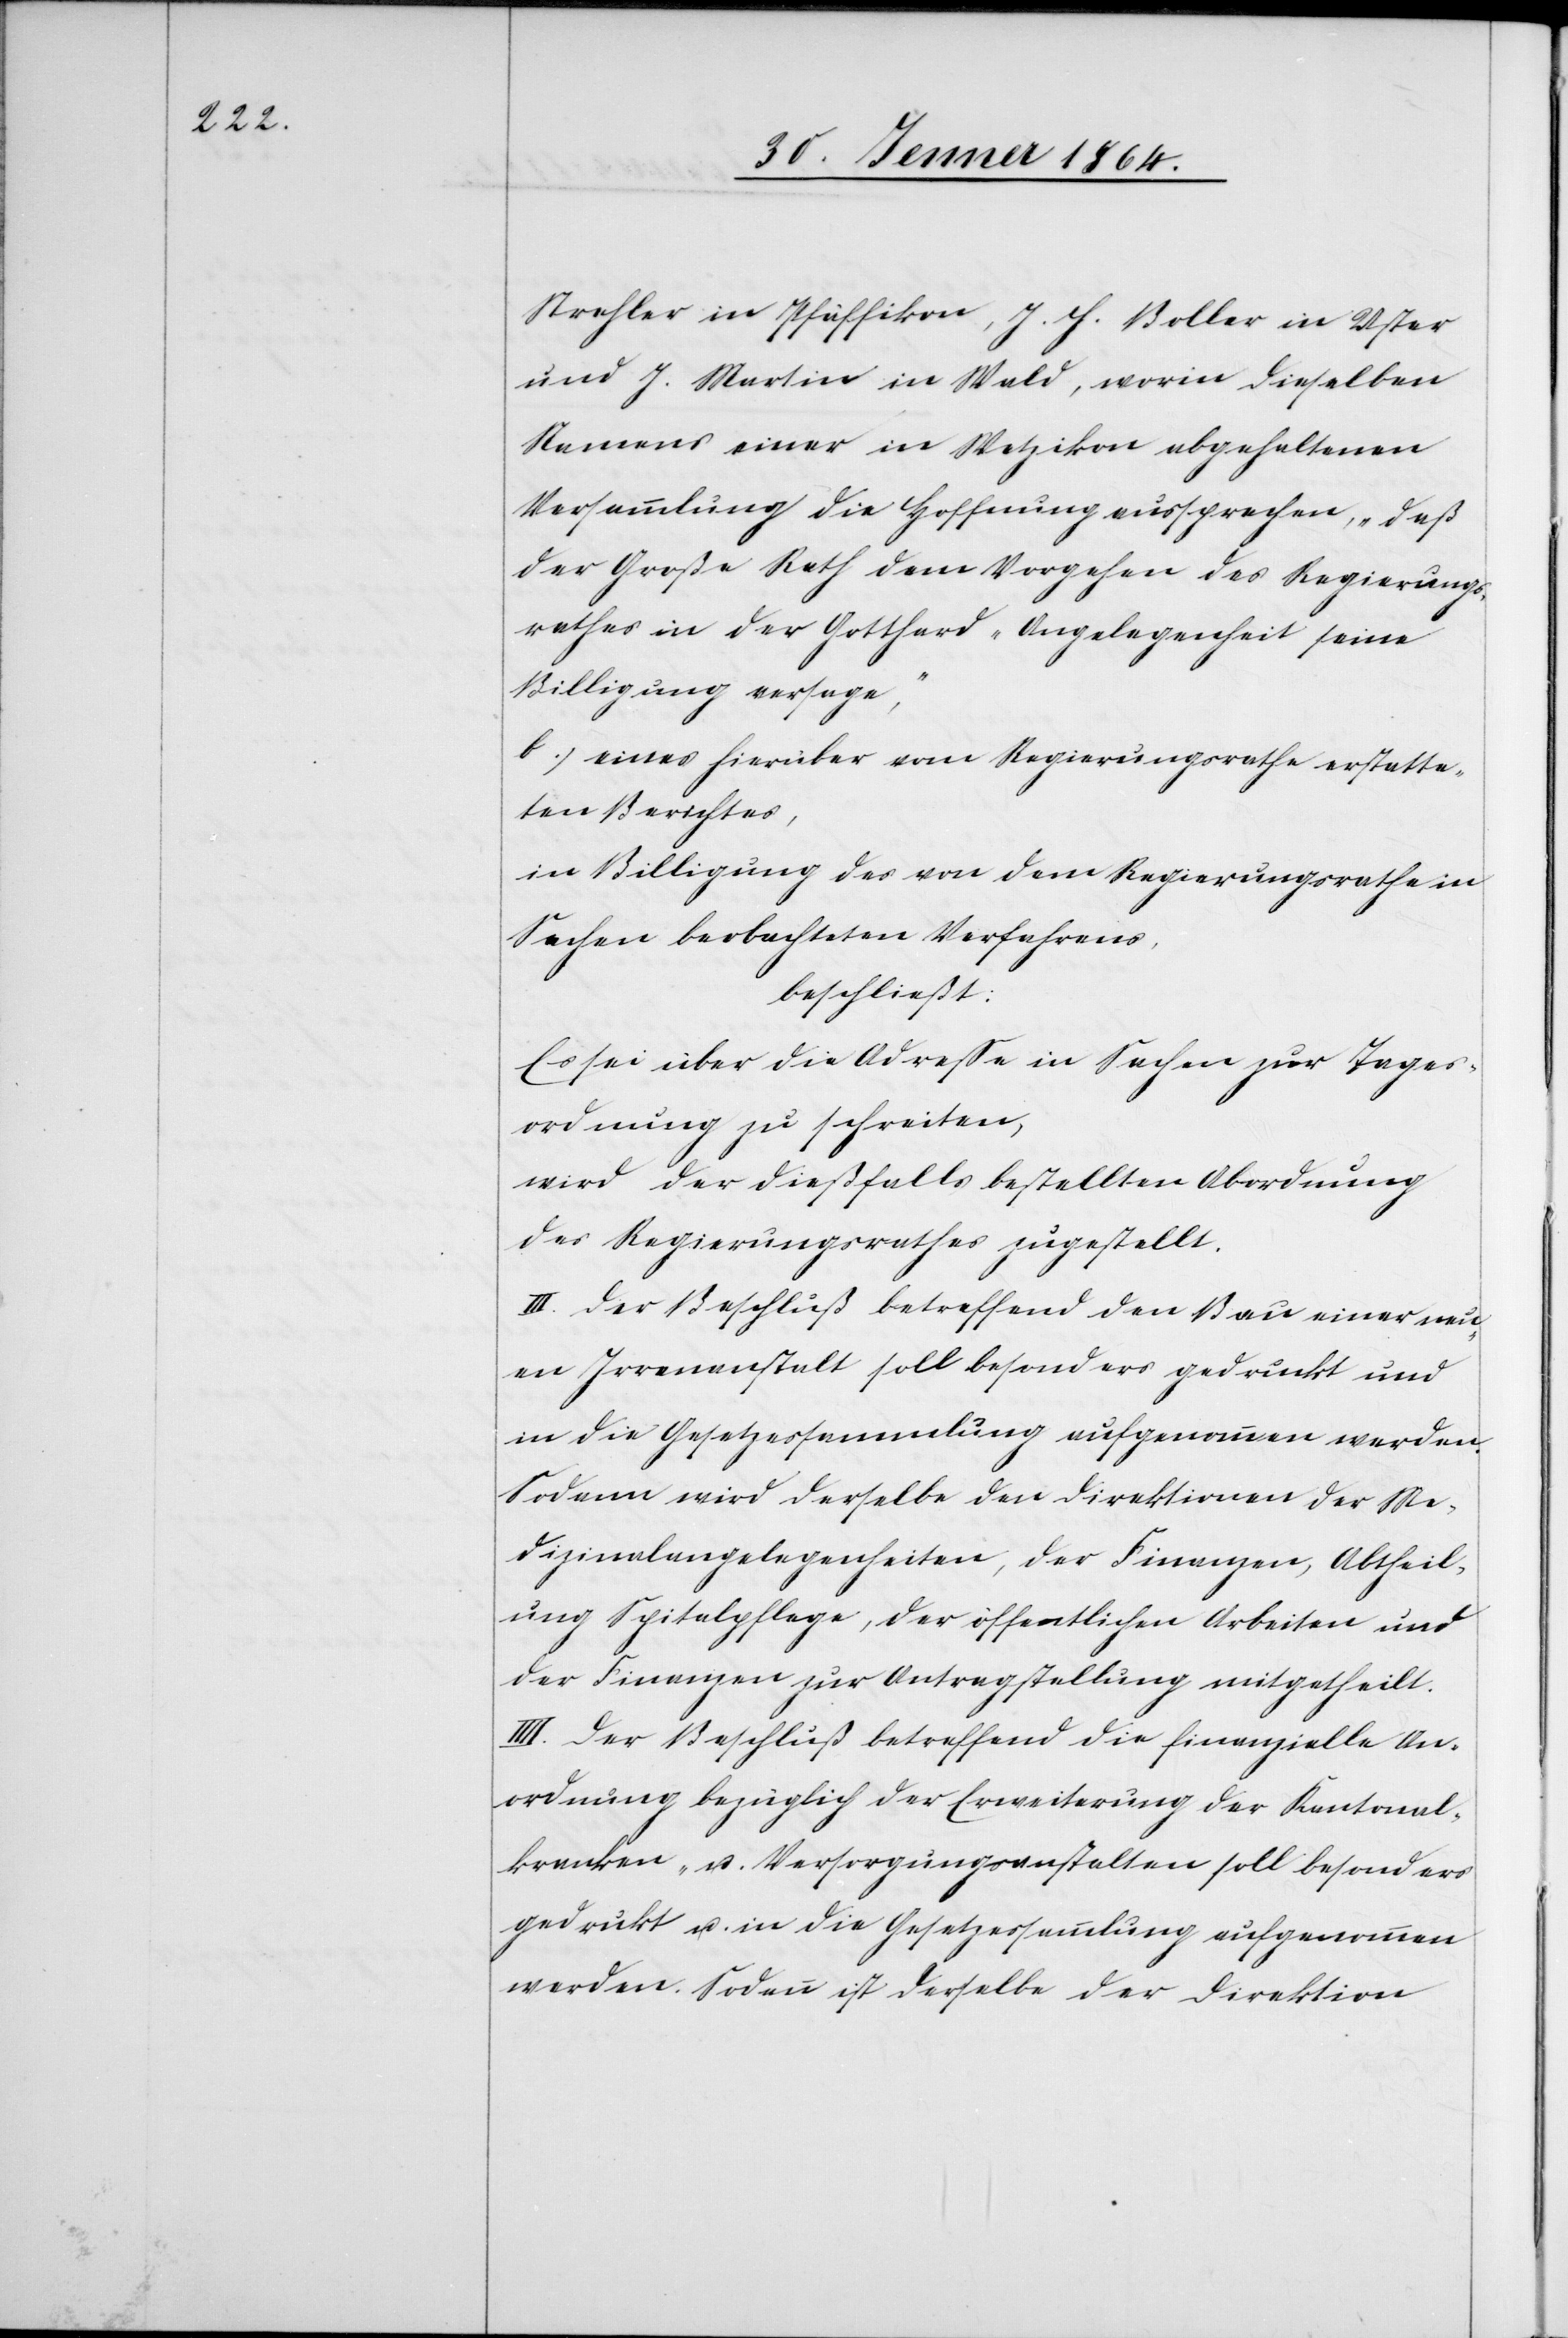
Strehler in Pfäffikon, J. H. Boller in Uster
und J. Martin in Wald, worin dieselben
Namens einer in Wetzikon abgehaltenen
Versammlung die Hoffnung aussprechen, „daß
der Große Rath dem Vorgehen des Regierungs¬
rathes in der Gotthard-Angelegenheit seine
Billigung versage,“
b.) eines hierüber vom Regierungsrathe erstatte¬
ten Berichtes,
in Billigung des von dem Regierungsrathe in
Sachen beobachteten Verfahrens,
beschließt:
Es sei über die Adresse in Sachen zur Tages¬
ordnung zu schreiten,
wird der dießfalls bestellten Abordnung
des Regierungsrathes zugestellt.
III. Der Beschluß betreffend den Bau einer neu¬
en Irrenanstalt soll besonders gedruckt und
in die Gesetzessammlung aufgenommen werden.
Sodann wird derselbe den Direktionen der Me¬
dizinalangelegenheiten, der Finanzen, Abtheil¬
ung Spitalpflege, der öffentlichen Arbeiten und
der Finanzen zur Antragstellung mitgetheilt.
IIII. Der Beschluß betreffend die finanzielle An¬
ordnung bezüglich der Erweiterung der Kantonal¬
kranken- und Versorgungsanstalten soll besonders
gedrukt u. in die Gesetzessammlung aufgenommen
werden. Sodann ist derselbe der Direktion